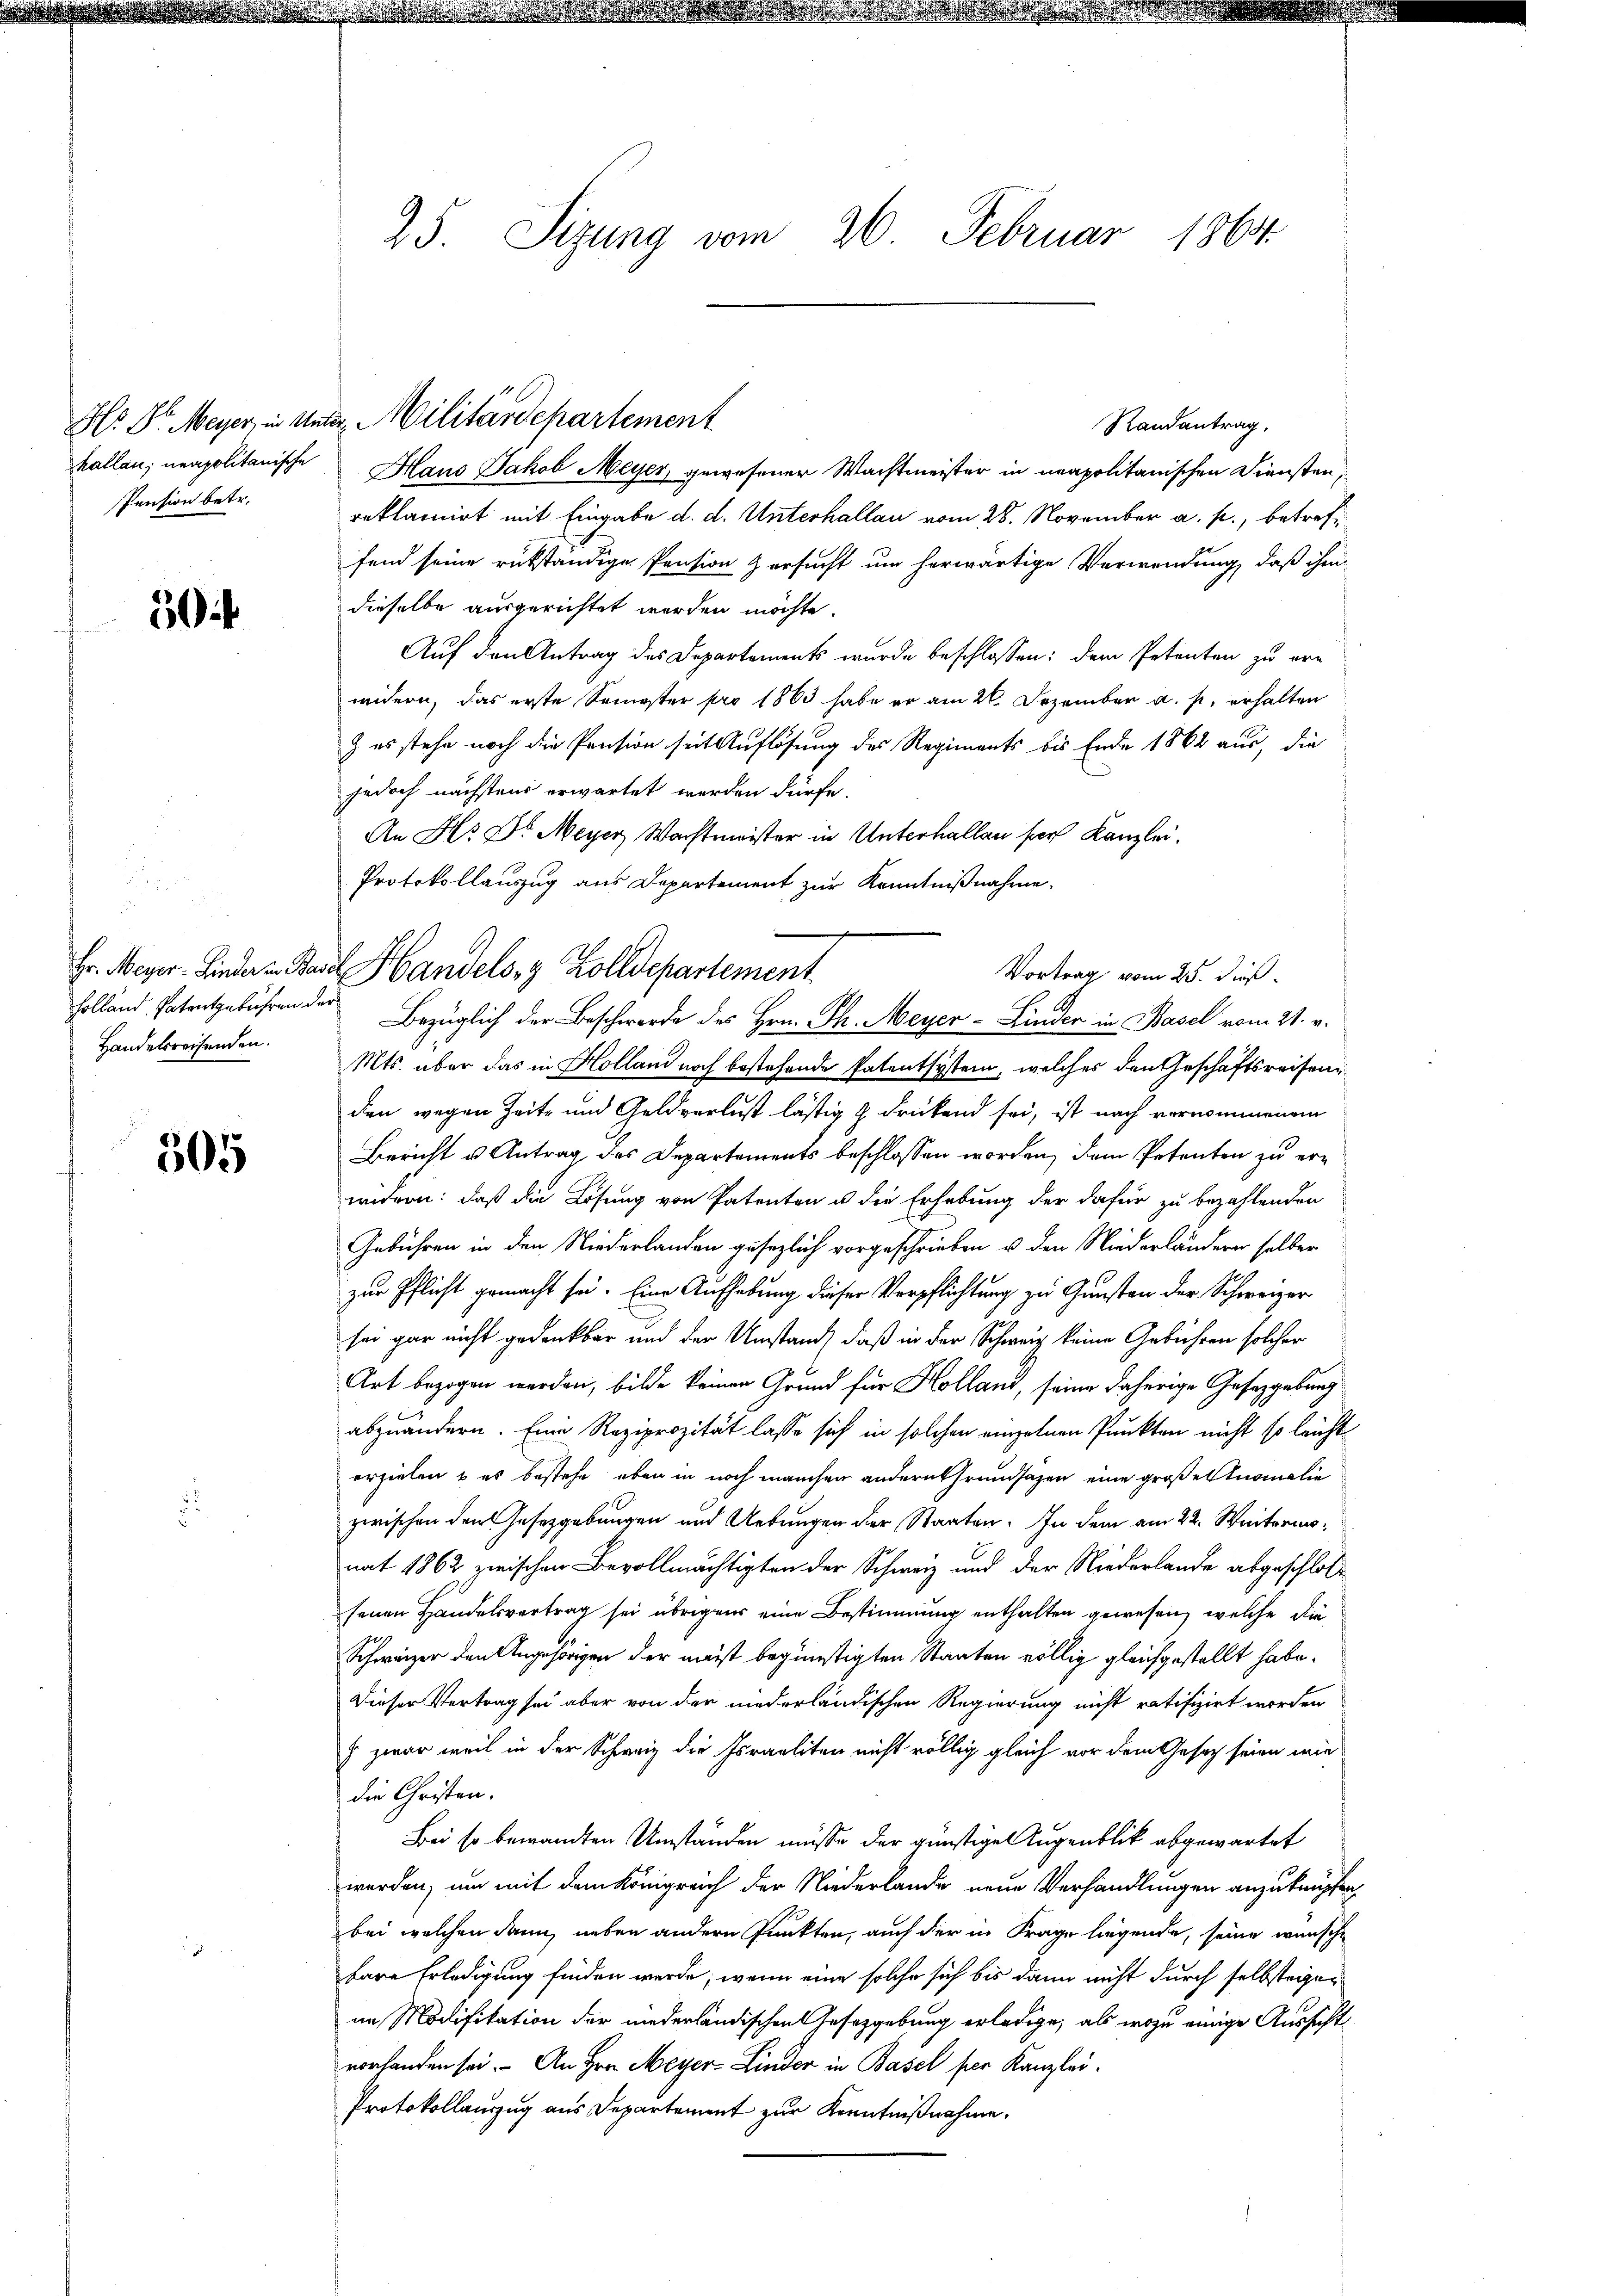
kallau; neapolitanische
Pension betr.

30

Hr. Meyer-Linder in Bar
Holland, Patentgebühren de
Handelsreisenden.

505

25. Sizung vom 26. Februar 1864

Randantrag.
Haus Jakob Meyer, gewesener Wachtmeister in neapolitanischen Diensten,
reklamirt mit Eingabe d. d. Unterhallan vom 28. November a. p., betreffend seine rükständige Pension zersucht um herwärtige Verwendung, daß ihm
dieselbe ausgerichtet werden möchte.
Auf den Antrag des Departements wurde beschlossen: dem Petenten zu ern
widern, das erste Semester pro 1863 habe er am 26. Dezember a. p. erhalten
) es stehe noch die Pension seit Auflösung des Regiments bis Ende 1862 aus, die
jedoch nächstens erwartet werden dürfe.
An Hr. Dr. Meyer Wachtmeister in Unterhallen sich Kanzlei.
Protokollauszug aus Departement zur Kenntnißnahme.
Vortrag vom 25. dieß.
Bezüglich der Beschwerde des Hrn. Th. Meyer-Linder in Basel vom 21. v.
Mts. über das in Holland noch bestehende Patentsystem, welches den Geschäftsreisenden wegen Zeite und Geldverlust lästig & drükend sei, ist nach vornommenen
Bericht u Antrag des Departements beschlossen worden, dem Petenten zu erwidern: daß die Lösung von Patenten u die Erhebung der dafür zu bezahlenden
Gebühren in den Niederlanden gesezlich vorgeschrieben u. den Niederländern selber
zur Pflicht gemacht sei. Eine Aufhebung dieser Verpflichtung zu Gunsten der Schweizer
sei gar nicht gedankbar und der Umstand, daß in der Schweiz keine Gebühren solcher
Art bezogen werden, bilde keinen Grund für Holland, seine daherige Gesetzgebung
abzuändern. Eine Reziprozität lasse sich in solchen einzelnen Punkten nicht so leicht
erzielen u es bestehe, eben in noch manchen andern Grundsazen eine großes Inomalie
zwischen den Gesetzgebungen und Uebungen der Staaten. In dem am 22. Weiteren,
nat 1862 zwischen Bevollmächtigten der Schweiz und der Niederlande abgeschloß
senen Handelsvertrag sei übrigen eine Bestimmung enthalten gewesen, welche die
Schweizer den Angehörigen der meist begünstigten Staaten völlig gleichgestellt habe.
Dieser Vertrag sei aber von der niederländischen Regierung nicht ratifizirt worden
) zwar weil in der Schweiz die Israeliten nicht völlig gleich vor dem Gesetz seien wie
die Christen.
Bei so bewandten Umständen müsse der günstigen Augenblick abgewartet
werden, um mit dem Königreich der Niederlande neue Verhandlungen anzuknüpfen,
bei welchen dann neben andern Punkten, auch der in Frage liegende, seine wünsche
bare Erledigung finden werde, wenn eine solche sich bis dann nicht durch selbsteigen
im Modifikation der niederländischen Gesetzgebung erledige, als wozu einige Aussicht
vorhanden sei. - An Hrn. Meyer-Linder in Basel per Kanzlei.
Protokollauszug aus Departement zur Kenntnißnahme.

Hr Dr. Meyer, in Unter Militärdepartement

de Handels- & Zolldepartement